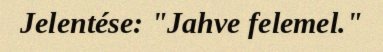
Jelentése: "Jahve felemel."